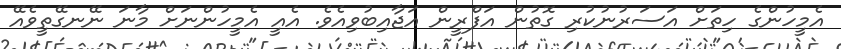
އެމީހުންގެ ހިތަށް އަސަރުނުކުރި ގޮތުން އަފްރީން އަޖާއިބުވިއެވެ. އެއީ އެމީހުންނަށް މާނަ ނޭނގޭތީވެއޭ